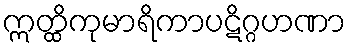
ဣတ္ထိကုမာရိကာပဋိဂ္ဂဟဏာ